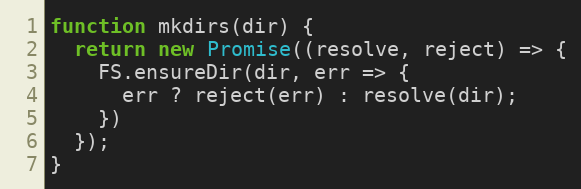
Language: JavaScript
function mkdirs(dir) {
  return new Promise((resolve, reject) => {
    FS.ensureDir(dir, err => {
      err ? reject(err) : resolve(dir);
    })
  });
}